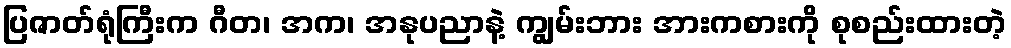
ပြဇာတ်ရုံကြီးက ဂီတ၊ အက၊ အနုပညာနဲ့ ကျွမ်းဘား အားကစားကို စုစည်းထားတဲ့